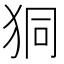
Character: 狪